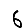
Digit: 6